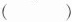
()